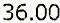
36.00